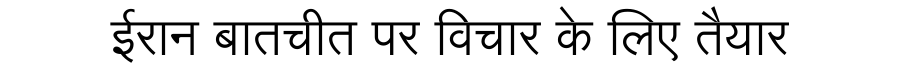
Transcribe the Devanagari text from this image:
ईरान बातचीत पर विचार के लिए तैयार